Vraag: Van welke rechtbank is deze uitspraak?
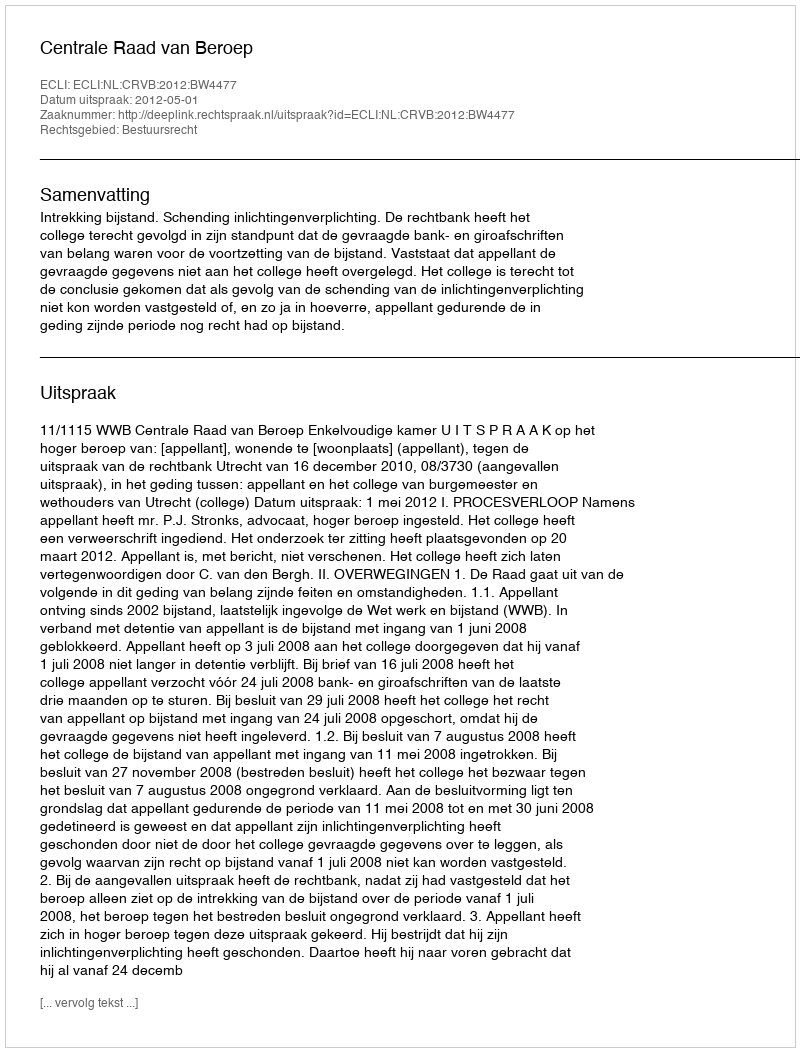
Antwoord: Centrale Raad van Beroep